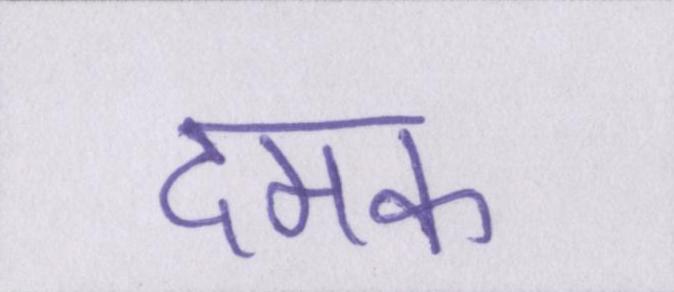
दमक